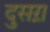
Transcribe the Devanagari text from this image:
दुसऱा